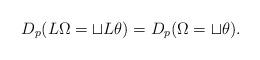
LaTeX: \begin{align*} D_p( L\Omega = \sqcup L \theta) = D_p( \Omega = \sqcup \theta). \end{align*}